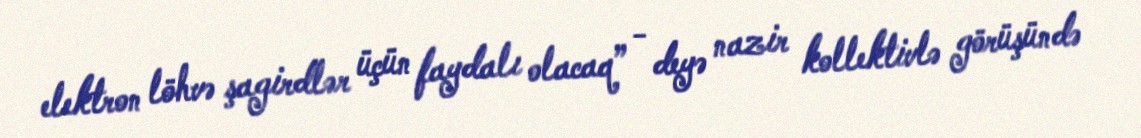
elektron löhvə şagirdlər üçün faydalı olacaq” - deyə nazir kollektivlə görüşündə